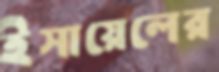
ইসায়েলের